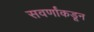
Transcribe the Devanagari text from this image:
सवर्णांकडून